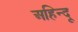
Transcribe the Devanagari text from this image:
अहिन्दू